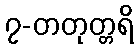
၇-တတုတ္တရိ